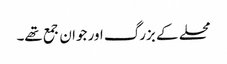
محلے کے بزرگ اور جوان جمع تھے۔